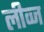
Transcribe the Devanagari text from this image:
लीव्ज